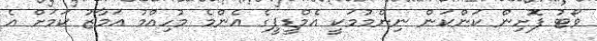
ވޯޓު ފޮށިން ކަންކަން ނިންމުމަކީ އެމްޑީޕީގެ އެންމެ މުހިއްމު އަމާޒު ކަމަށް އެ